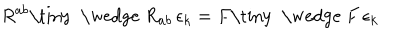
LaTeX: R ^ { a b } \mathrm { \tiny ~ \wedge ~ } R _ { a b } \, \epsilon _ { k } = F \mathrm { \tiny ~ \wedge ~ } F \, \epsilon _ { k }